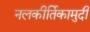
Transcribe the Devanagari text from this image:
नलकीर्तिकामुदी